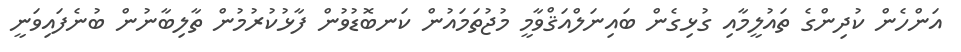
އަންހެން ކުދިންގެ ތައުލީމާއި ގުޅިގެން ބައިނަލްއަޤްވާމީ މުޖުތަމައުން ކަނބޮޑުވުން ފާޅުކުރުމުން ތާލިބާނުން ބުނެފައިވަނީ